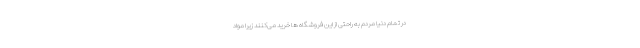
در تمام دنیا مردم به راحتی از این فروشگاه ها خرید می‌کنند زیرا مواد